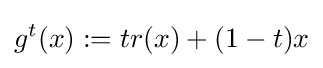
g^{t}(x):=tr(x)+(1-t)x